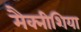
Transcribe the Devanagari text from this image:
मैक्नीशिया